Vaccination North-Western Provinces and Oudh 1878-1895 - 1878-1895
Year: 1878
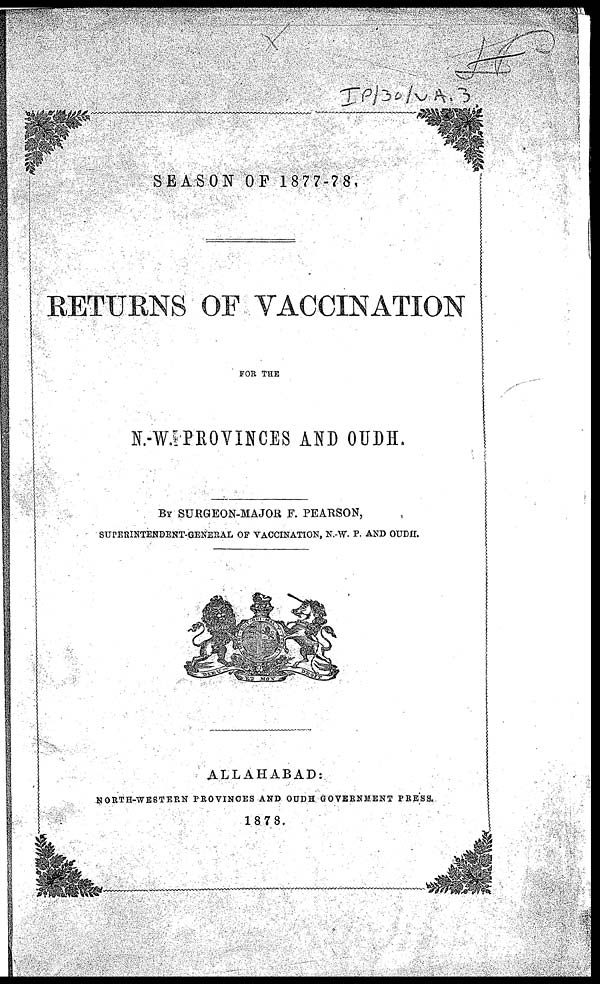
SEASON OF 1877-78.
RETURNS OF VACCINATION
FOR THE
N.-W.PROVINCES AND OUDH.
BY SURGEON-MAJOR F. PEARSON,
SUPERINTENDENT-GENERAL OF VACCINATION, N.-W. P. AND OUDH.
ALLAHABAD:
NORTH-WESTEPN PROVINCES AND OUDH GOVERNMENT PRESS.
1878.